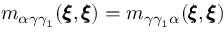
m _ { \alpha \gamma \gamma _ { 1 } } ( { \pmb \xi } , { \pmb \xi } ) = m _ { \gamma \gamma _ { 1 } \alpha } ( { \pmb \xi } , { \pmb \xi } )